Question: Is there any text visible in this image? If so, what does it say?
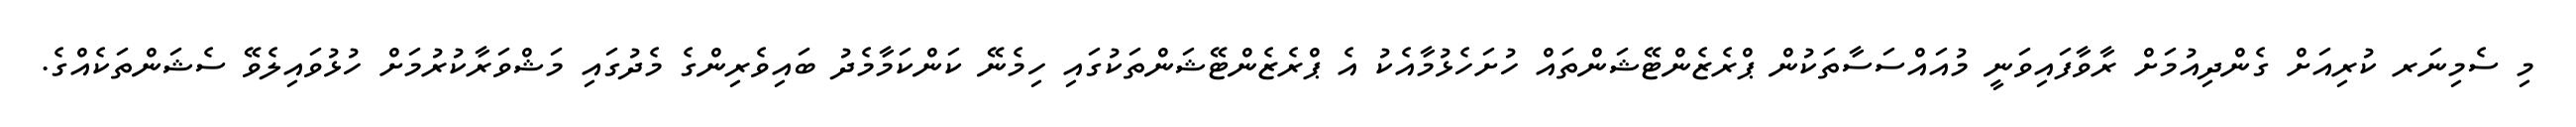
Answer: މި ސެމިނަރ ކުރިއަށް ގެންދިއުމަށް ރާވާފައިވަނީ މުއައްސަސާތަކުން ޕްރެޒެންޓޭޝަންތައް ހުށަހެޅުމާއެކު އެ ޕްރެޒެންޓޭޝަންތަކުގައި ހިމެނޭ ކަންކަމާމެދު ބައިވެރިންގެ މެދުގައި މަޝްވަރާކުރުމަށް ހުޅުވައިލެވޭ ސެޝަންތަކެއްގެ.